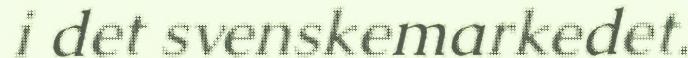
i det svenskemarkedet.